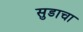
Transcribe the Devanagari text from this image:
सुडाचा